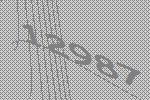
12987